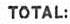
TOTAL: